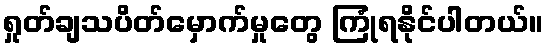
ရှုတ်ချသပိတ်မှောက်မှုတွေ ကြုံရနိုင်ပါတယ်။